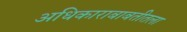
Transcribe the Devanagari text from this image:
अधिकाराबाबतीतला